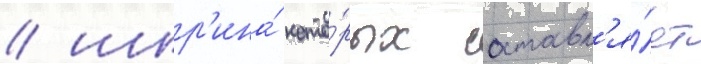
/ шир'ина́ кото́рых составл'я́ет